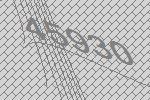
45930